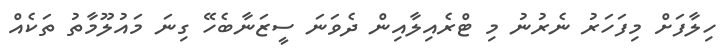
ހިލާފަށް މިފަހަރު ނެރުނު މި ޓްރެއިލާއިން ދެވަނަ ސީޒަނާބެހޭ ގިނަ މައުލޫމާތު ތަކެއް